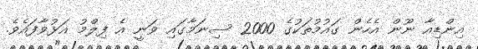
އިންޑިއާ ނޫން އެހެން ގައުމުތަކުގެ 2000 ސިނަމާގައި ވަނީ އެ ފިލްމު އަޅުވާފައެވެ.